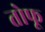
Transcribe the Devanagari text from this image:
तोफू